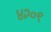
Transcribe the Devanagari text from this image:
४२०९